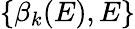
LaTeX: \{ \beta_{k}(E),E\}